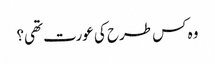
وہ کس طرح کی عورت تھی؟